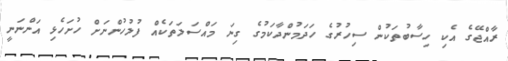
ރާއްޖޭގެ އެކި ހިސާބުތަކުން ސިހުރުގެ ހަދަމުންދާކަމުގެ ގިނަ މައްސަލަތަކެއް ފުލުހުންނަށް ހުށަހެޅި އަންނަނީ